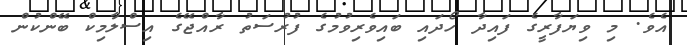
އެވެ. މި ވިޔަފާރީގެ ފައިދާ ހޯދައި ބައިވެރިވުމުގެ ފުރުސަތު ރާއްޖޭގެ އިސްލާމިކް ބޭންކުން